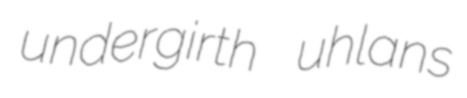
undergirth uhlans